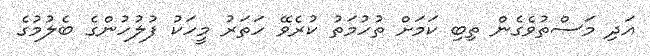
އަދި މަސްތުވެގެން ތިބި ކަމަށް ތުހުމަތު ކުރެވޭ ހަތަރު މީހަކު ފުލުހުންގެ ބެލުމުގެ